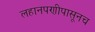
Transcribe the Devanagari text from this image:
लहानपणीपासूनच